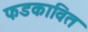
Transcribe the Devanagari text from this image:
फडकावित